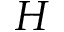
H